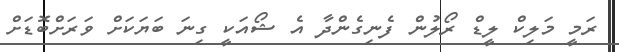
ރަމީ މަލިކް ލީޑް ރޯލުން ފެނިގެންދާ އެ ޝޯއަކީ ގިނަ ބަޔަކަށް ވަރަށްބޮޑަށް